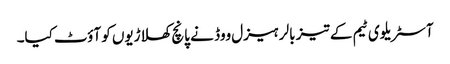
آسٹریلوی ٹیم کے تیز بالر ہیزل ووڈ نے پانچ کھلاڑیوں کو آؤٹ کیا۔